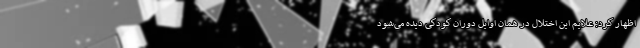
اظهار کرد: علایم این اختلال در همان اوایل دوران کودکی دیده می‌شود